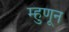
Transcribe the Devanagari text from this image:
म्हुणून